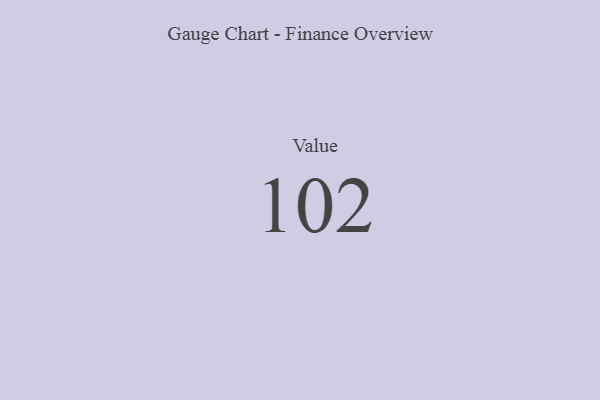
{"axis": {"x": "Metric", "y": "Value"}, "legend": [""], "data": [{"x": "Value", "y": 102, "type": ""}]}